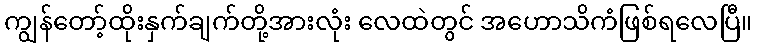
ကျွန်တော့်ထိုးနှက်ချက်တို့အားလုံး လေထဲတွင် အဟောသိကံဖြစ်ရလေပြီ။